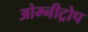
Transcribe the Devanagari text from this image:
ओम्नीट्रोप